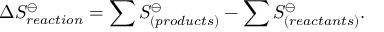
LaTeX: \Delta S _ { r e a c t i o n } ^ { \ominus } = \sum S _ { ( p r o d u c t s ) } ^ { \ominus } - \sum S _ { ( r e a c t a n t s ) } ^ { \ominus } .